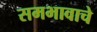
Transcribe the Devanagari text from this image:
समभावाचे